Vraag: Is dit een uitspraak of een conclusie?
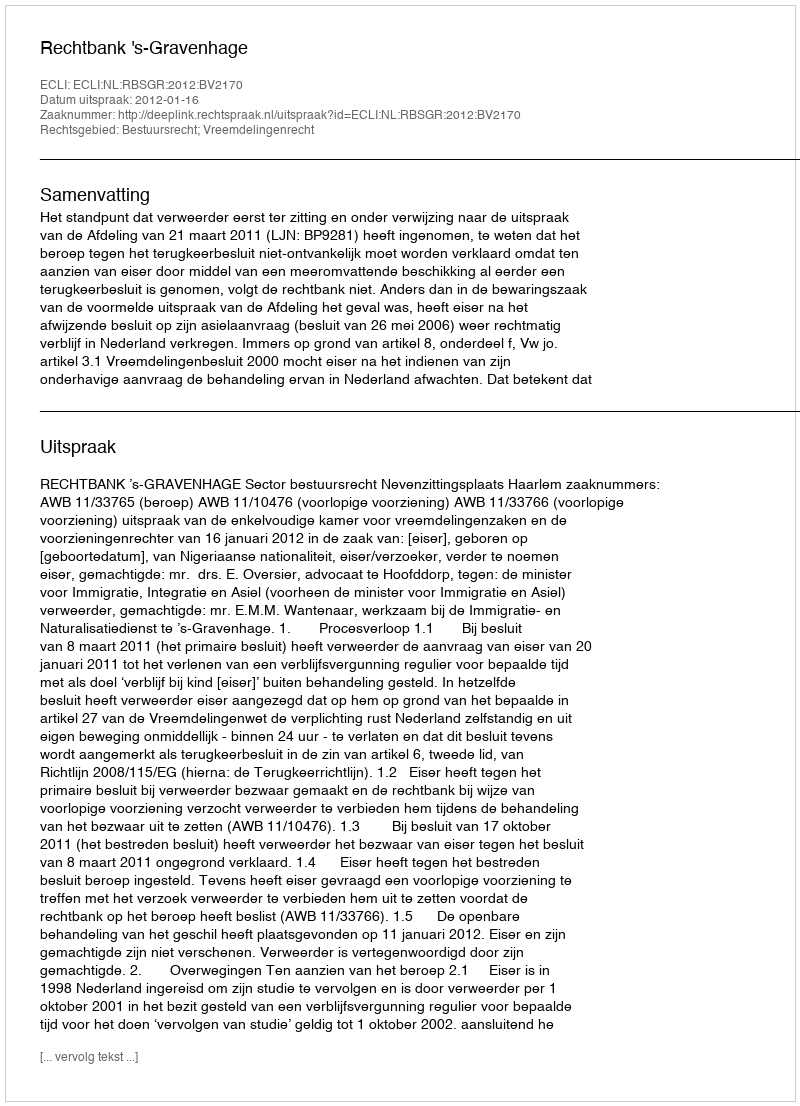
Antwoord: Uitspraak